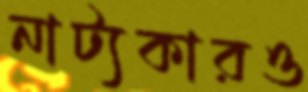
নাট্যকারও